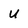
Character: U